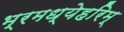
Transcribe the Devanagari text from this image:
भ्रमध्येहरिम्